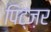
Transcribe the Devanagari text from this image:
पिट्ज़र